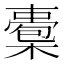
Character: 𣚇